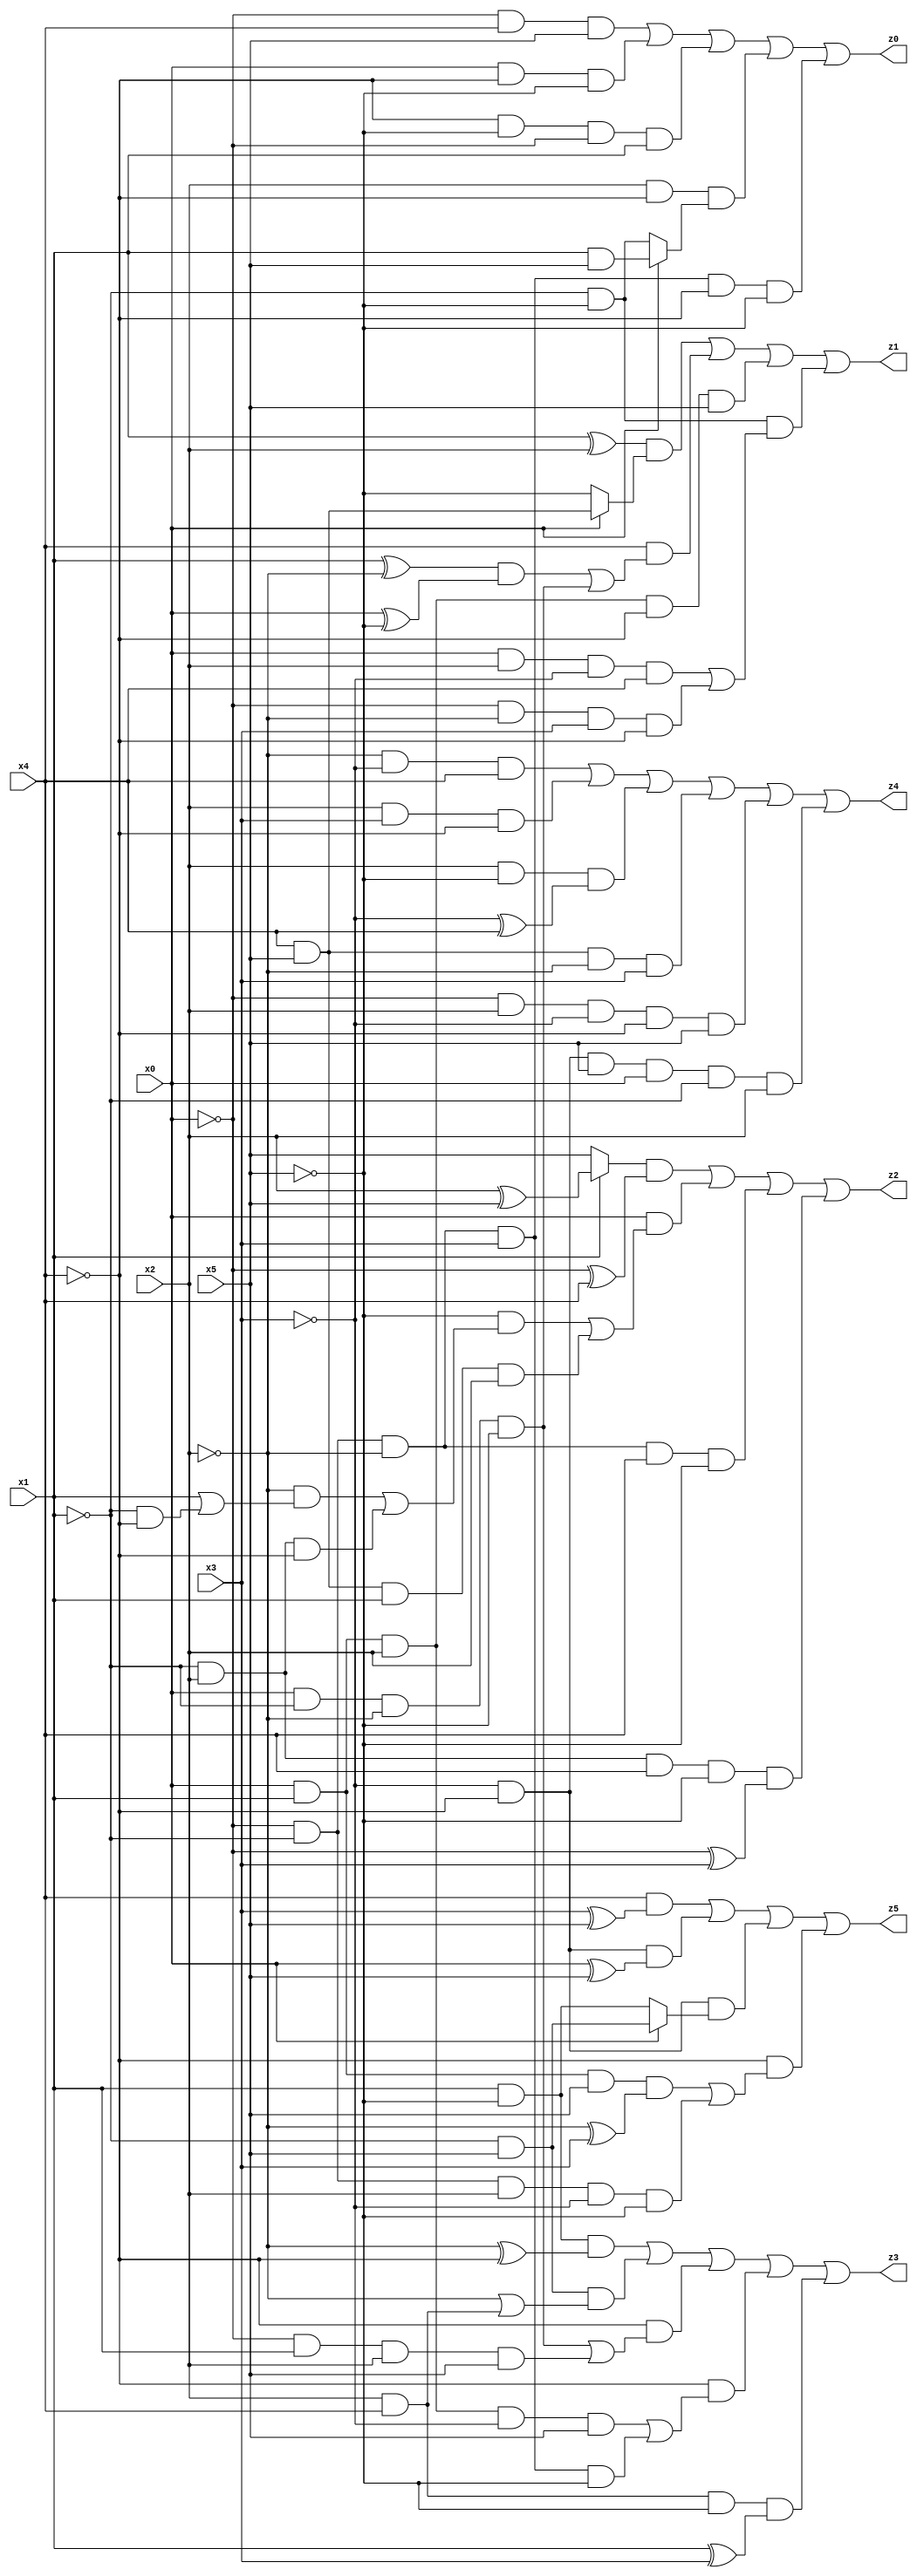
// Benchmark "X_5" written by ABC on Wed Jun 07 23:35:24 2023

module X_5 ( 
    x0, x1, x2, x3, x4, x5,
    z0, z1, z2, z3, z4, z5  );
  input  x0, x1, x2, x3, x4, x5;
  output z0, z1, z2, z3, z4, z5;
  assign z0 = (~x0 & x4 & x5) | (x0 & ~x4 & ~x5) | (~x4 & ~x5 & ~x0 & x1) | (x2 & ~x4 & (x0 ? (x1 & x5) : (~x1 & ~x5))) | (~x0 & ~x1 & ~x2 & x3 & ~x4 & ~x5);
  assign z1 = ((x1 ^ x2) & (x0 ? (x4 & x5) : ~x5)) | (x4 & (((x1 ^ ~x2) & (x0 ^ ~x5)) | (x0 & ~x1 & ~x2 & ~x5))) | (x0 & x1 & x2 & ~x4 & x5) | (~x1 & ~x5 & ((x0 & x2 & ~x3 & x4) | (~x0 & ~x2 & x3 & ~x4)));
  assign z2 = ((x1 ? (x2 ^ x5) : x5) & (~x0 ^ x4)) | (x0 & ((~x5 & ((~x2 & (x1 | (~x1 & ~x4))) | (~x1 & x2 & ~x4))) | (x4 & x5 & x1 & x2))) | (~x0 & ~x1 & ~x2 & x4 & ~x5) | (~x1 & x2 & x4 & ~x5 & (~x0 ^ x3));
  assign z3 = (x1 & ~x5 & (~x2 ^ ~x4)) | (~x1 & x5 & (~x2 | (x2 & x4))) | (~x4 & ((x0 & ~x1 & ~x2 & ~x5) | (~x0 & x1 & x2 & x5))) | (~x4 & ((x0 & x1 & x2 & ~x3 & x5) | (~x0 & ~x1 & ~x2 & x3 & ~x5))) | (x2 & x4 & ~x5 & (x1 ^ x3));
  assign z4 = (~x2 & ~x3 & x4) | (x2 & x3 & ~x4) | (x2 & ~x5 & (~x3 ^ x4)) | (x4 & x5 & ~x2 & x3) | (~x0 & x2 & ~x3 & ~x4 & x5) | (~x3 & ~x4 & x5 & x0 & ~x1 & x2);
  assign z5 = (x4 & (x3 ^ x5)) | (~x3 & ~x4 & (x0 ^ x5)) | (~x3 & ~x4 & (x0 ? (~x1 & x5) : (x1 & ~x5))) | (~x4 & ((x0 & x1 & x5 & (~x2 ^ x3)) | (~x0 & ~x1 & x2 & ~x3 & ~x5)));
endmodule